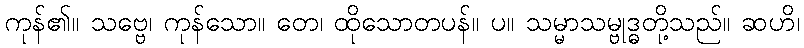
ကုန်၏။ သဗ္ဗေ၊ ကုန်သော။ တေ၊ ထိုသောတပန်။ ပ။ သမ္မာသမ္ဗုဒ္ဓတို့သည်။ ဆဟိ၊